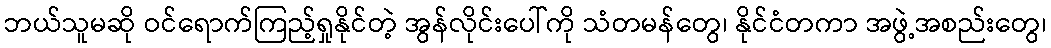
ဘယ်သူမဆို ဝင်ရောက်ကြည့်ရှုနိုင်တဲ့ အွန်လိုင်းပေါ်ကို သံတမန်တွေ၊ နိုင်ငံတကာ အဖွဲ့အစည်းတွေ၊